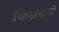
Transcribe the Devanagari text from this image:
किन्नराचे